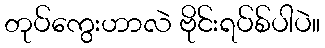
တုပ်ကွေးဟာလဲ ဗိုင်းရပ်စ်ပါပဲ။